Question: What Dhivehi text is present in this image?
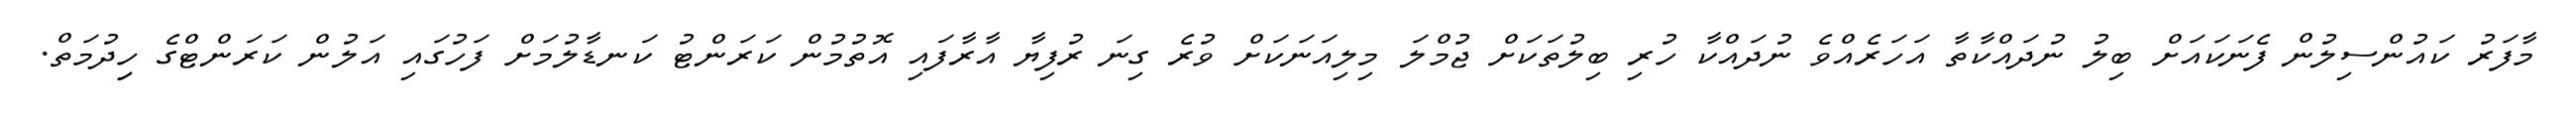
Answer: މާފަރު ކައުންސިލުން ފެނަކައަށް ބިލު ނުދައްކާތާ އަހަރެއްވެ ނުދައްކާ ހުރި ބިލުތަކަށް ޖުމްލަ މިލިއަނަކަށް ވުރެ ގިނަ ރުފިޔާ އާރާފައި އޮތުމުން ކަރަންޓު ކަނޑާލުމަށް ފަހުގައި އަލުން ކަރަންޓްގެ ހިިދުމަތް.